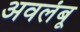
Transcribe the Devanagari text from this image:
अवलंबू